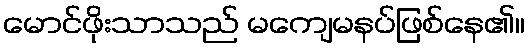
မောင်ဖိုးသာသည် မကျေမနပ်ဖြစ်နေ၏။